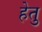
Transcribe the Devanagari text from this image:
हेेतु